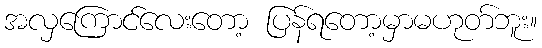
အလှကြောင်လေးတော့ ပြန်ရတော့မှာမဟုတ်ဘူး။